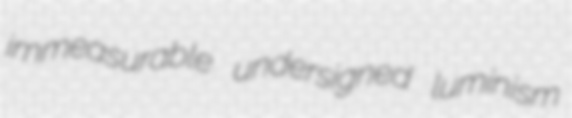
immeasurable undersigned luminism